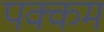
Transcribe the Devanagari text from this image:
पक्कम